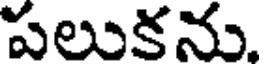
పలుకను.